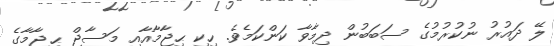
ލޭ ދައުރު ނުކުރުމުގެ ސަބަބުން ދިމާވާ ކަންކަމެވެ. ހިކި ޙިޖާމާއާއި މަސާޖް ޙިޖާމާގެ